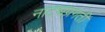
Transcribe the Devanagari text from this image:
नाट्यप्रगती